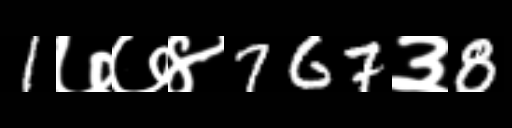
Text: 1७७४767३8